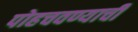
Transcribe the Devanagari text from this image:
पोहचवण्याची